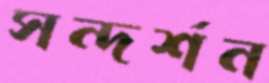
সন্দর্শন